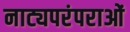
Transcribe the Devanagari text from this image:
नाट्यपरंपराओं